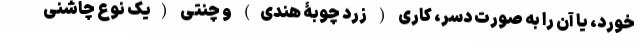
خورد، یا آن را به صورت دسر، کاری ( زرد چوبۀ هندی) و چنتی (یک نوع چاشنی